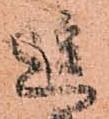
進